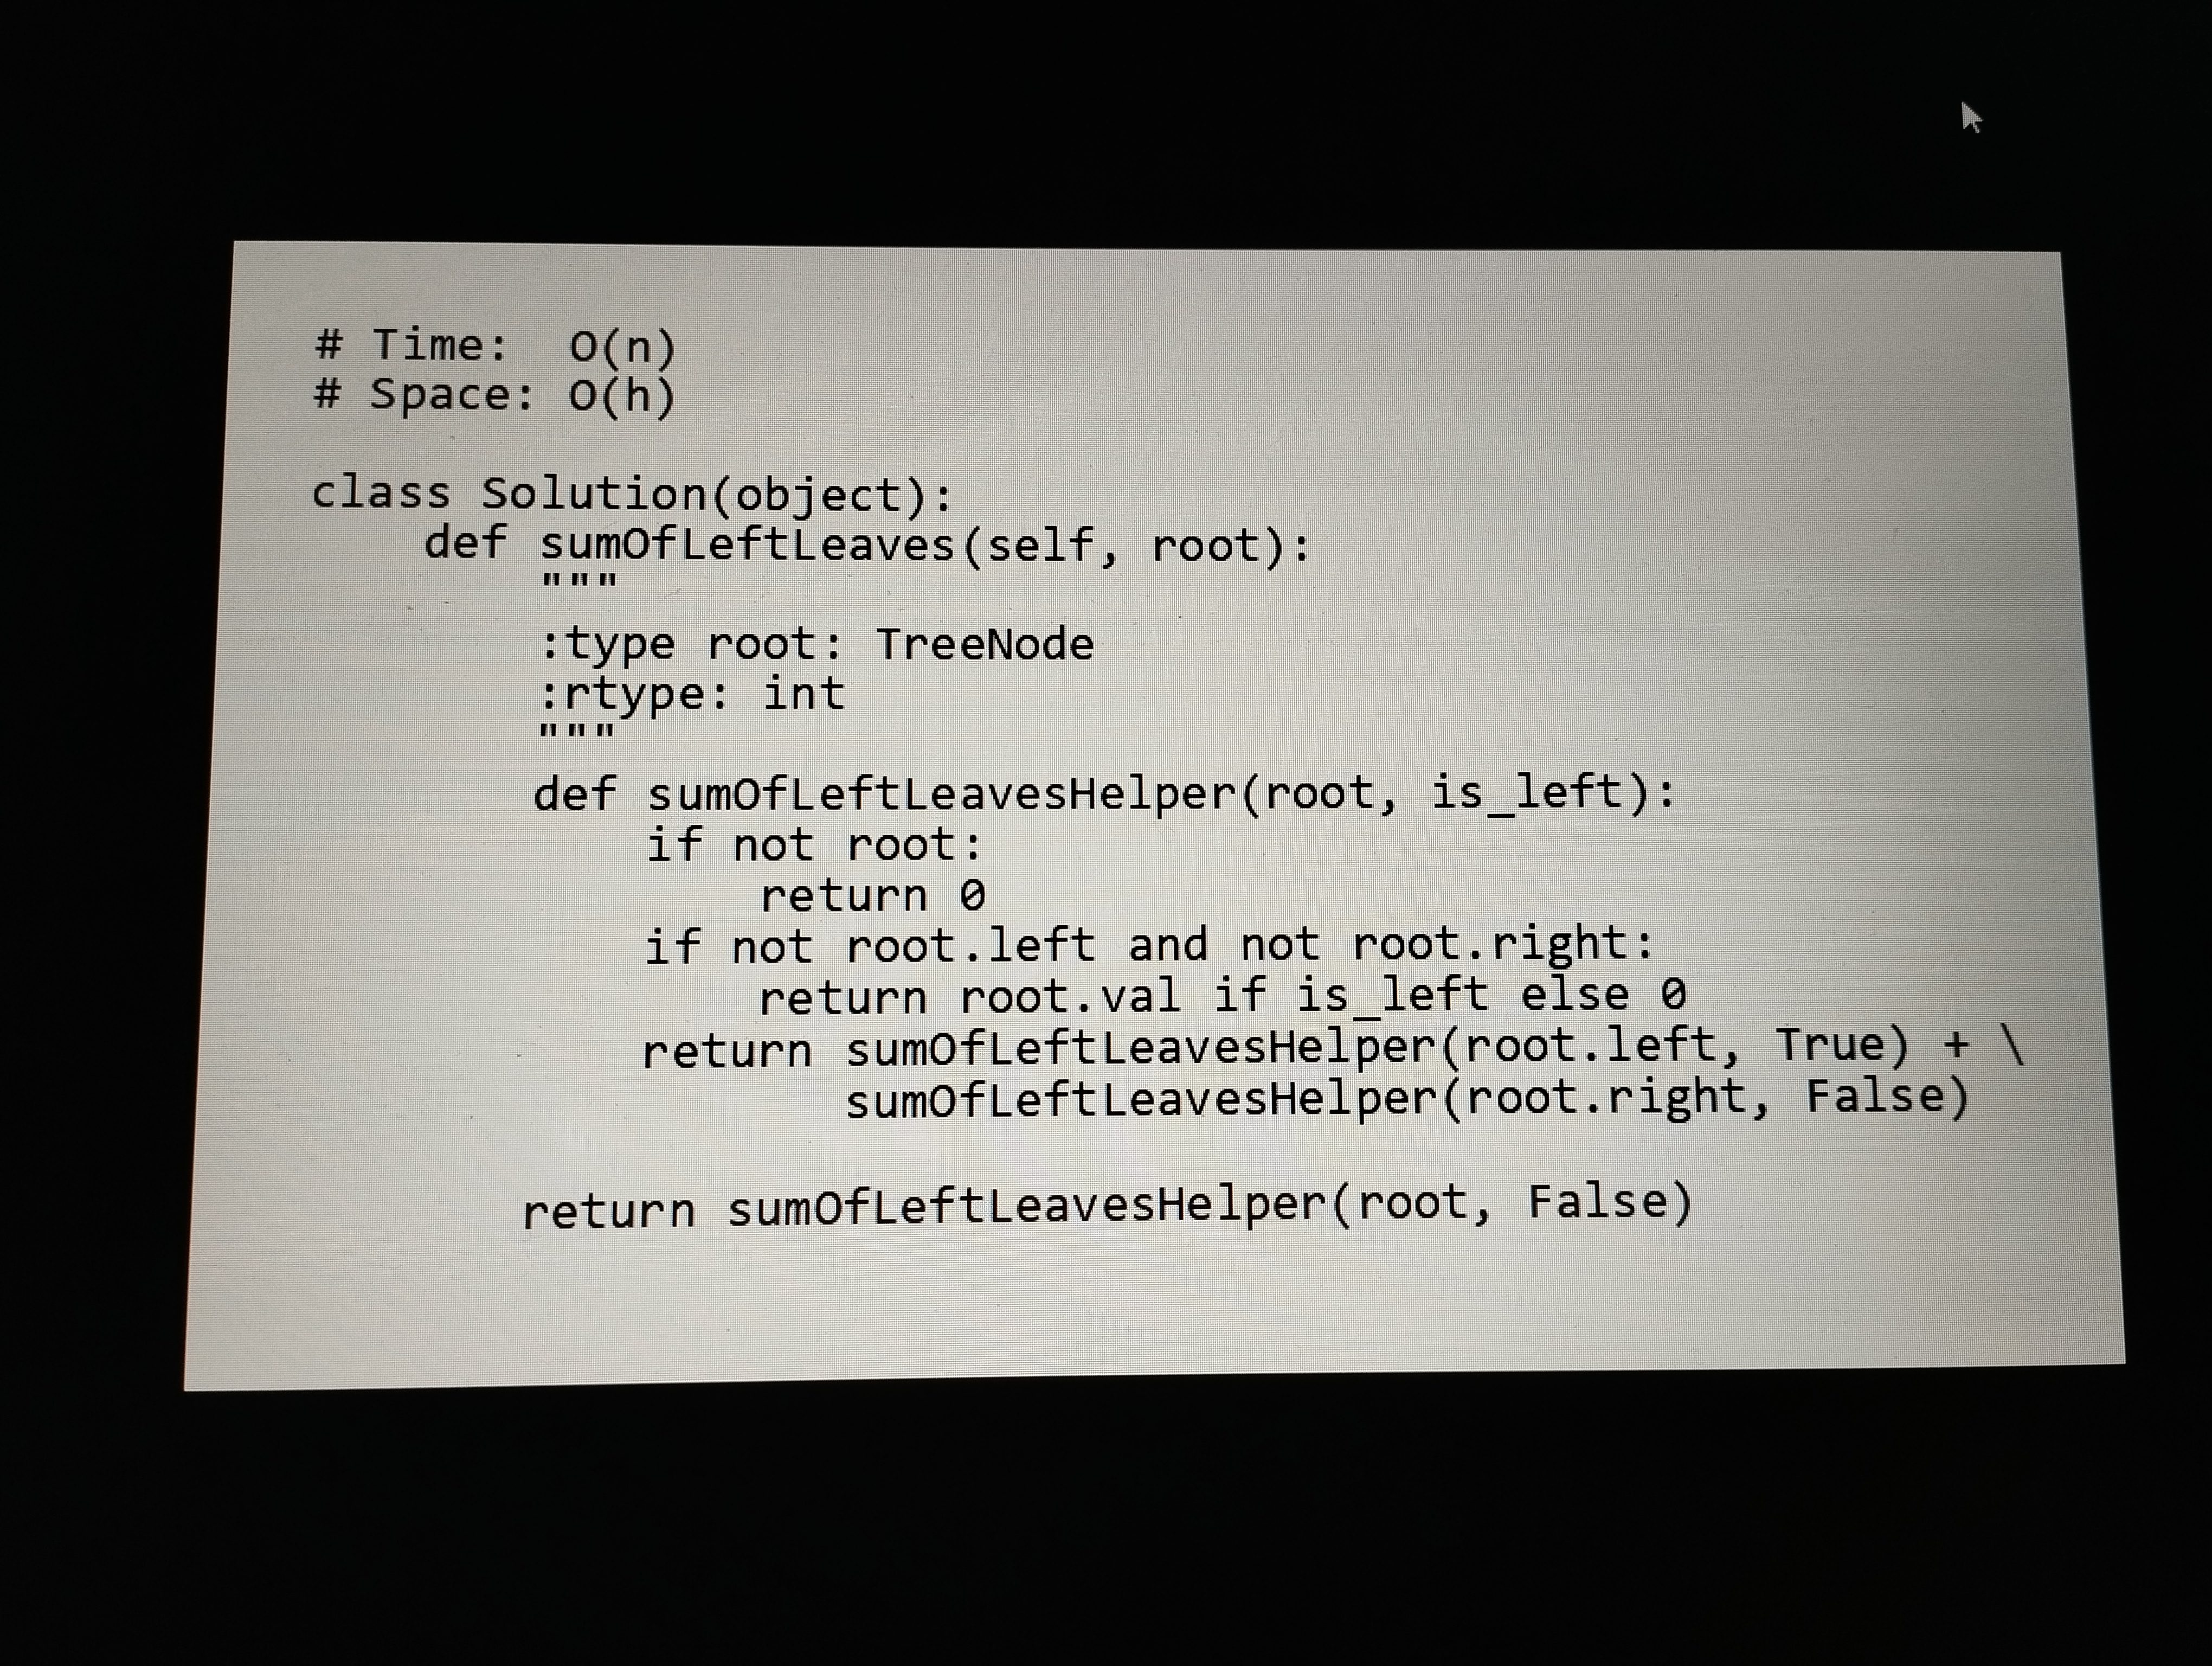
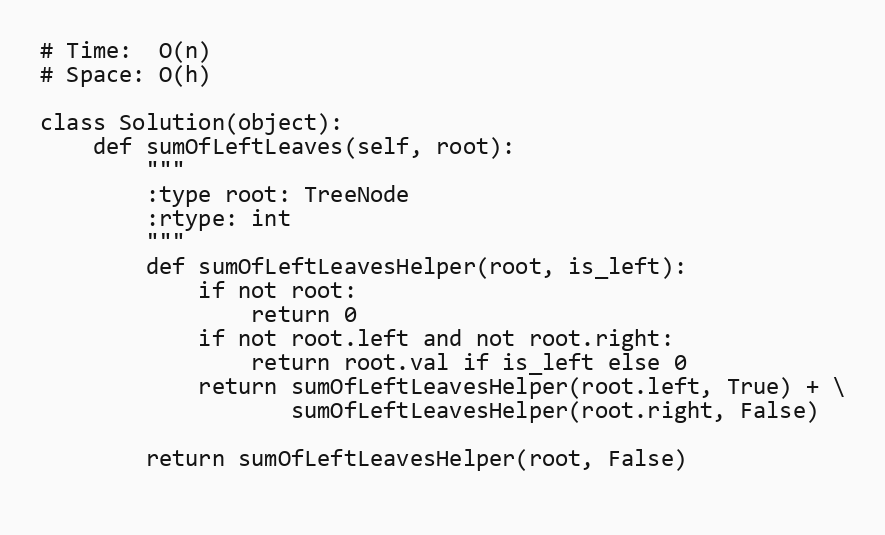
# Time:  O(n)
# Space: O(h)

class Solution(object):
    def sumOfLeftLeaves(self, root):
        """
        :type root: TreeNode
        :rtype: int
        """
        def sumOfLeftLeavesHelper(root, is_left):
            if not root:
                return 0
            if not root.left and not root.right:
                return root.val if is_left else 0
            return sumOfLeftLeavesHelper(root.left, True) + \
                   sumOfLeftLeavesHelper(root.right, False)

        return sumOfLeftLeavesHelper(root, False)